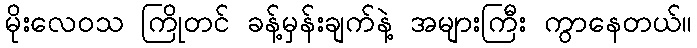
မိုးလေဝသ ကြိုတင် ခန့်မှန်းချက်နဲ့ အများကြီး ကွာနေတယ်။